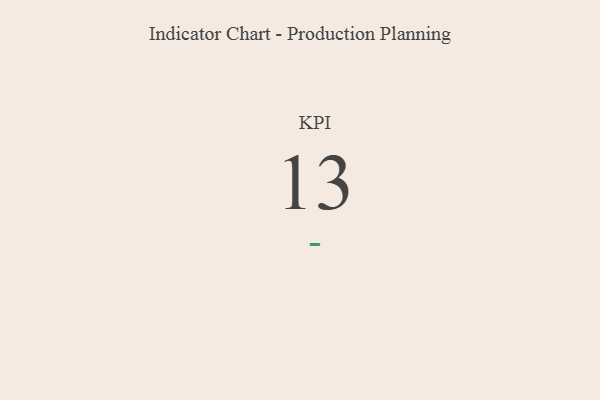
{"axis": {"x": "KPI", "y": "Value"}, "legend": [""], "data": [{"x": "KPI", "y": 13, "type": ""}]}